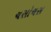
ચસોચસ